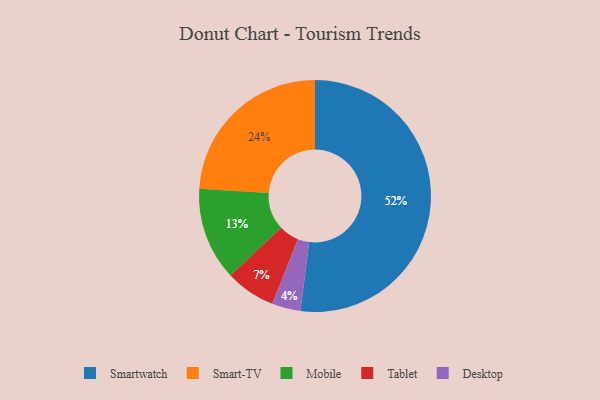
{"axis": {"x": "Category", "y": "Percentage"}, "legend": ["Desktop", "Mobile", "Smart-TV", "Smartwatch", "Tablet"], "data": [{"x": "Mobile", "y": 13, "type": "Mobile"}, {"x": "Smartwatch", "y": 52, "type": "Smartwatch"}, {"x": "Desktop", "y": 4, "type": "Desktop"}, {"x": "Smart-TV", "y": 24, "type": "Smart-TV"}, {"x": "Tablet", "y": 7, "type": "Tablet"}]}